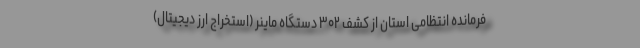
فرمانده انتظامی استان از کشف ۳۰۲ دستگاه ماینر (استخراج ارز دیجیتال)